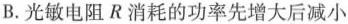
B.光敏电阻R消耗的功率先增大后减小